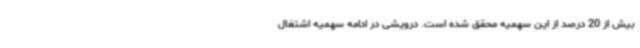
بیش از 20 درصد از این سهمیه محقق شده است. درویشی در ادامه سهمیه اشتغال